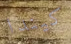
كيندا